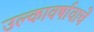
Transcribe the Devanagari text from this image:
उल्कावर्षावाचे